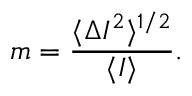
m = { \frac { \langle \Delta I ^ { 2 } \rangle ^ { 1 / 2 } } { \langle I \rangle } } .